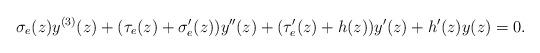
LaTeX: \begin{align*}\sigma_{e}(z)y^{(3)}(z)+(\tau_{e}(z)+\sigma_{e}'(z))y''(z)+(\tau_{e}'(z)+h(z))y'(z)+h'(z)y(z)=0.\end{align*}